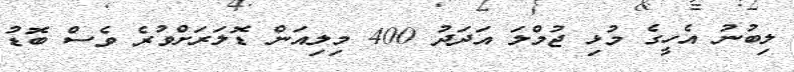
ލިބުނު އެހީގެ މުޅި ޖުމްލަ އަދަދު 400 މިލިއަން ޑޮލަރަށްވުރެ ވެސް ބޮޑު